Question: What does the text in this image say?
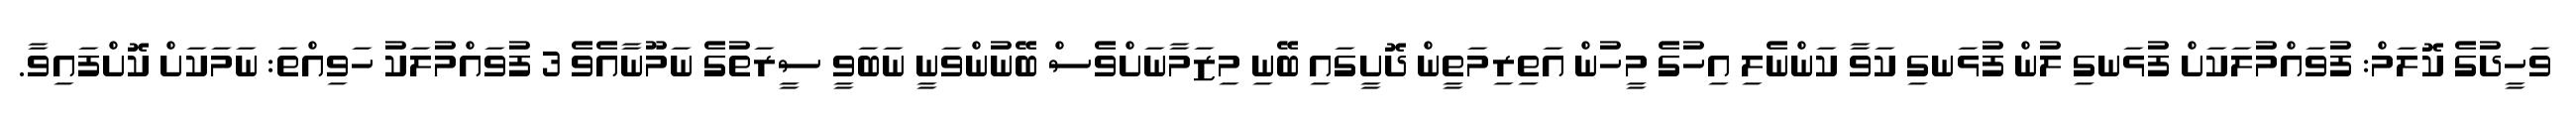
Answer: ވަހީދުގެ ކޮލަމް: ފުވައްމުލަކަށް ފުޅަނގި ލުން ފުޅަނގި ކަވާ ކަންނެލި އިހުގެ މީހުން އަތިރިމަތީން ދޮށީގައި ބޭނި މިޒަމާނަށްވެސް ބޭނުންވަނީ ނަބަވީ ސީރަތުގެ ނަމޫނާއެވެ 3 ފުވައްމުލަކު ހަވިއްތަ: ނަމަކަށް ކޮށްފައިވާ.